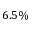
6 . 5 \%